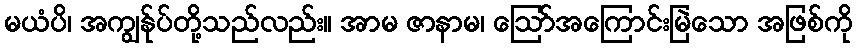
မယံပိ၊ အကျွန်ုပ်တို့သည်လည်း။ အာမ ဇာနာမ၊ ဩော်အကြောင်းမြဲသော အဖြစ်ကို